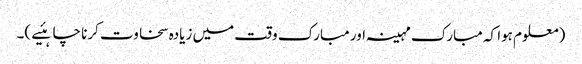
(معلوم ہوا کہ مبارک مہینہ اور مبارک وقت میں زیادہ سخاوت کرنا چاہئیے )۔